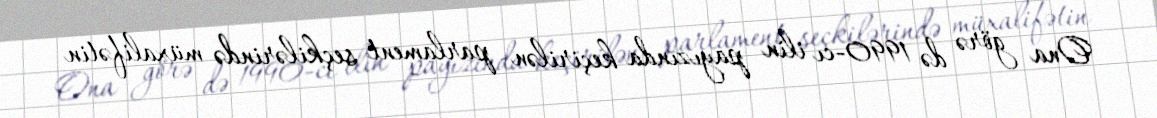
Ona görə də 1990-cı ilin payızında keçirilən parlament seçkilərində müxalifətin